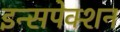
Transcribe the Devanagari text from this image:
इन्सपेक्शन